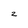
Character: 2